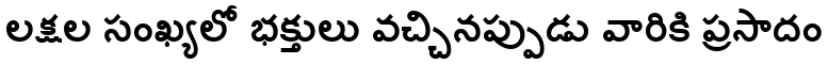
లక్షల సంఖ్యలో భక్తులు వచ్చినప్పుడు వారికి ప్రసాదం